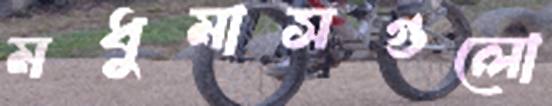
মধুমাসগুলো